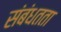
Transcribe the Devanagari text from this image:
संबंधतता